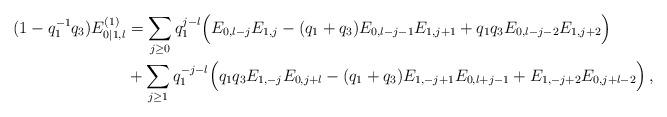
LaTeX: \begin{align*}(1-q_1^{-1}q_3)E^{(1)}_{0|1,l}&=\sum_{j\ge0}q_1^{j-l}\Bigl(E_{0,l-j}E_{1,j}-(q_1+q_3)E_{0,l-j-1}E_{1,j+1}+q_1q_3 E_{0,l-j-2}E_{1,j+2}\Bigr)\\&+\sum_{j\ge1} q_1^{-j-l}\Bigl(q_1q_3 E_{1,-j}E_{0,j+l}-(q_1+q_3)E_{1,-j+1}E_{0,l+j-1}+ E_{1,-j+2}E_{0,j+l-2}\Bigr)\,,\end{align*}